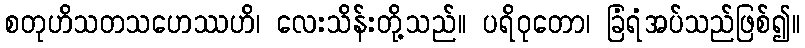
စတုဟိသတသဟေဿဟိ၊ လေးသိန်းတို့သည်။ ပရိဝုတော၊ ခြံရံအပ်သည်ဖြစ်၍။